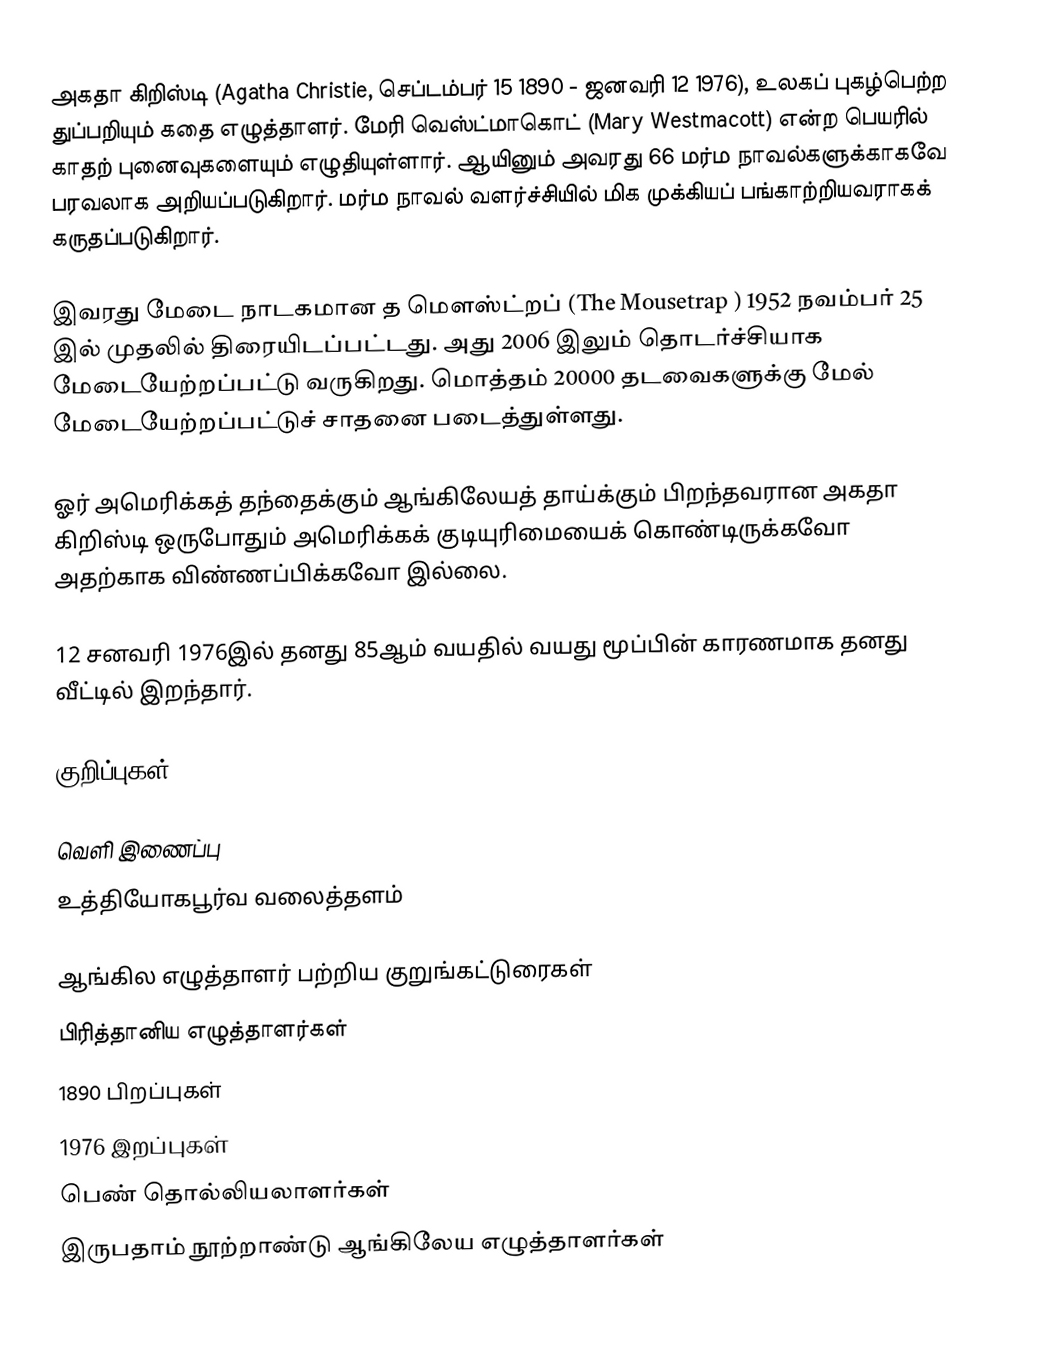
அகதா கிறிஸ்டி (Agatha Christie, செப்டம்பர் 15 1890 - ஜனவரி 12 1976), உலகப் புகழ்பெற்ற துப்பறியும் கதை எழுத்தாளர். மேரி வெஸ்ட்மாகொட் (Mary Westmacott) என்ற பெயரில் காதற் புனைவுகளையும் எழுதியுள்ளார். ஆயினும் அவரது 66 மர்ம நாவல்களுக்காகவே பரவலாக அறியப்படுகிறார். மர்ம நாவல் வளர்ச்சியில் மிக முக்கியப் பங்காற்றியவராகக் கருதப்படுகிறார்.

இவரது மேடை நாடகமான த மௌஸ்ட்றப் (The Mousetrap ) 1952 நவம்பர் 25 இல் முதலில் திரையிடப்பட்டது. அது 2006 இலும் தொடர்ச்சியாக மேடையேற்றப்பட்டு வருகிறது. மொத்தம் 20000 தடவைகளுக்கு மேல் மேடையேற்றப்பட்டுச் சாதனை படைத்துள்ளது.

ஓர் அமெரிக்கத் தந்தைக்கும் ஆங்கிலேயத் தாய்க்கும் பிறந்தவரான அகதா கிறிஸ்டி ஒருபோதும் அமெரிக்கக் குடியுரிமையைக் கொண்டிருக்கவோ அதற்காக விண்ணப்பிக்கவோ இல்லை.

12 சனவரி 1976இல் தனது 85ஆம் வயதில் வயது மூப்பின் காரணமாக தனது வீட்டில் இறந்தார்.

குறிப்புகள்

வெளி இணைப்பு
 உத்தியோகபூர்வ வலைத்தளம்

ஆங்கில எழுத்தாளர் பற்றிய குறுங்கட்டுரைகள்
பிரித்தானிய எழுத்தாளர்கள்
1890 பிறப்புகள்
1976 இறப்புகள்
பெண் தொல்லியலாளர்கள்
இருபதாம் நூற்றாண்டு ஆங்கிலேய எழுத்தாளர்கள்